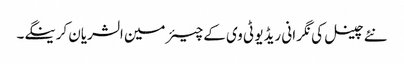
نئے چینل کی نگر انی ریڈیو ٹی وی کے چیئرمین الشریان کرینگے۔